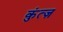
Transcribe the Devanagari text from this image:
कुंत्ज़